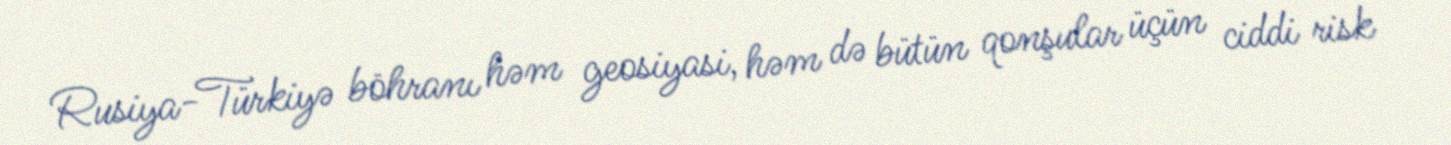
Rusiya-Türkiyə böhranı həm geosiyasi, həm də bütün qonşular üçün ciddi risk